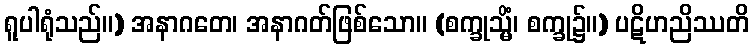
ရူပါရုံသည်။) အနာဂတေ၊ အနာဂတ်ဖြစ်သော။ (စက္ခုသ္မိံ၊ စက္ခု၌။) ပဋိဟညိဿတိ